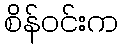
စိန်ဝင်းက